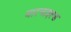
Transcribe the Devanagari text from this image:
वारचाइल्ड